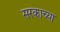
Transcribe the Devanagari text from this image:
सरकाच्या